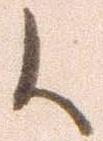
候